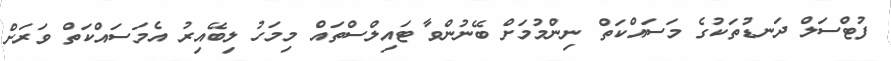
ފުޓްސަލް ދަނޑުތަކުގެ މަސައްކަތް ނިންމުމަށް ބޭނުންވާ ޓައިލްސްތައް މިމަހު ލިބޭއިރު އެމަސައްކަތް ވަރަށް